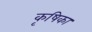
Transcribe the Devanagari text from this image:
कृषिका